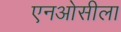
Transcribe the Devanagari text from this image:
एनओसीला